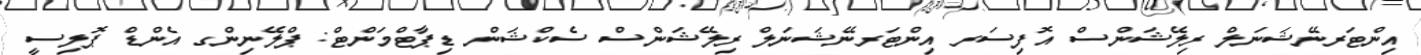
އިންޓަރނޭޝަނަލް ރިލޭޝަންސް އޮފިސަރ އިންޓަރނޭޝަނަލް ރިލޭޝަންސް ސެކްޝަން ޑިޕާޓްމަންޓް: ޕްލޭނިންގ އެންޑް ޕޮލިސީ